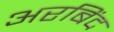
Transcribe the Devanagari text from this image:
अरबिंद